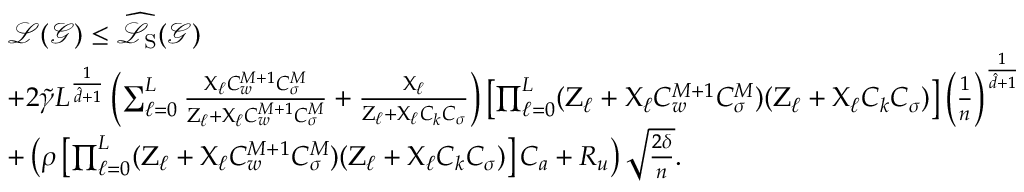
\begin{array} { r l } & { \mathcal { L } ( \boldsymbol { \mathcal { G } } ) \leq \widehat { \mathcal { L } } _ { \mathrm { S } } ( \boldsymbol { \mathcal { G } } ) } \\ & { + 2 \widetilde { \gamma } L ^ { \frac { 1 } { \hat { d } + 1 } } \left( \sum _ { \ell = 0 } ^ { L } \frac { \boldsymbol { \mathrm { X } } _ { \ell } C _ { w } ^ { M + 1 } C _ { \sigma } ^ { M } } { \boldsymbol { \mathrm { Z } } _ { \ell } + \boldsymbol { \mathrm { X } } _ { \ell } C _ { w } ^ { M + 1 } C _ { \sigma } ^ { M } } + \frac { \boldsymbol { \mathrm { X } } _ { \ell } } { \boldsymbol { \mathrm { Z } } _ { \ell } + \boldsymbol { \mathrm { X } } _ { \ell } C _ { k } C _ { \sigma } } \right) \left[ \prod _ { \ell = 0 } ^ { L } ( \boldsymbol { \mathrm { Z } } _ { \ell } + \boldsymbol { \mathrm { X } } _ { \ell } C _ { w } ^ { M + 1 } C _ { \sigma } ^ { M } ) ( \boldsymbol { \mathrm { Z } } _ { \ell } + \boldsymbol { \mathrm { X } } _ { \ell } C _ { k } C _ { \sigma } ) \right] \left( \frac { 1 } { n } \right) ^ { \frac { 1 } { \hat { d } + 1 } } } \\ & { + \left( \rho \left[ \prod _ { \ell = 0 } ^ { L } ( \boldsymbol { \mathrm { Z } } _ { \ell } + \boldsymbol { \mathrm { X } } _ { \ell } C _ { w } ^ { M + 1 } C _ { \sigma } ^ { M } ) ( \boldsymbol { \mathrm { Z } } _ { \ell } + \boldsymbol { \mathrm { X } } _ { \ell } C _ { k } C _ { \sigma } ) \right] C _ { a } + R _ { u } \right) \sqrt { \frac { 2 \delta } { n } } . } \end{array}